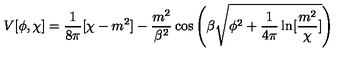
V [ \phi , \chi ] = \frac { 1 } { 8 \pi } [ \chi - m ^ { 2 } ] - \frac { m ^ { 2 } } { \beta ^ { 2 } } \cos \left( \beta \sqrt { \phi ^ { 2 } + \frac { 1 } { 4 \pi } \ln [ \frac { m ^ { 2 } } { \chi } ] } \right)